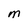
Character: M